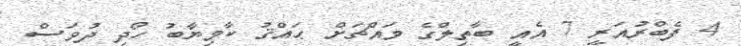
4 ފެބްރުއަރީ 7 އެއީ ބާތިލްގެ މައްޗަށް ޙައްޤު ކާމިޔާބު ހޯދި ދުވަސް